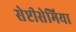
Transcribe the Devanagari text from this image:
सेप्टीसेमिया